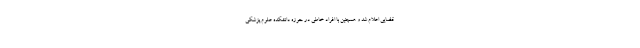
قضایی اعلام شد و همچنین با افراد خاطی در حوزه دانشکده علوم پزشکی